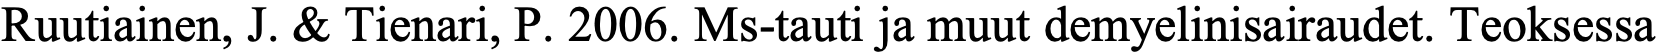
Ruutiainen, J. & Tienari, P. 2006. Ms-tauti ja muut demyelinisairaudet. Teoksessa